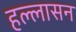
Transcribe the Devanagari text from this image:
हल्लासन